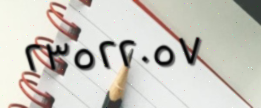
٢٣٥٢٢٠٥٧